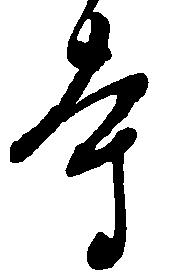
寺